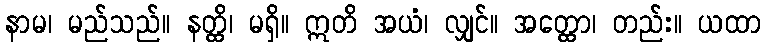
နာမ၊ မည်သည်။ နတ္ထိ၊ မရှိ။ ဣတိ အယံ၊ လျှင်။ အတ္ထော၊ တည်း။ ယထာ